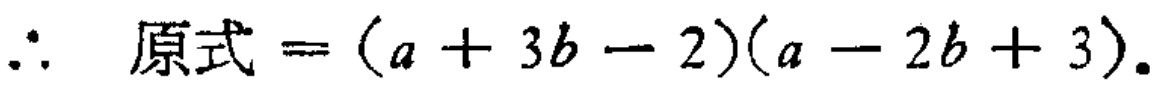
\(\therefore \ 原式=(a + 3b - 2)(a - 2b + 3).\)